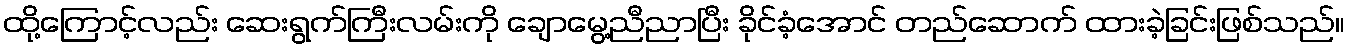
ထို့ကြောင့်လည်း ဆေးရွက်ကြီးလမ်းကို ချောမွေ့ညီညာပြီး ခိုင်ခံ့အောင် တည်ဆောက် ထားခဲ့ခြင်းဖြစ်သည်။